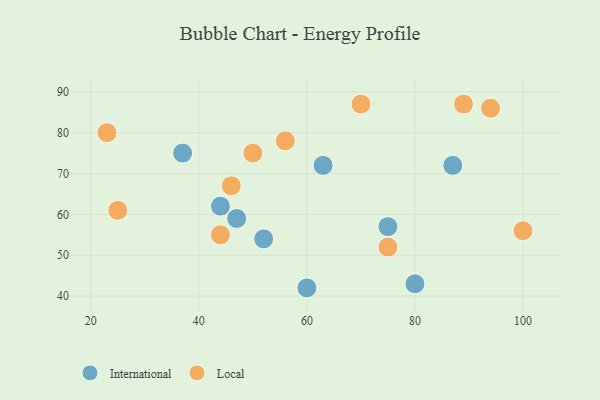
{"axis": {"x": "GDP", "y": "Life Expectancy"}, "legend": ["International", "Local"], "data": [{"x": "80", "y": 43, "type": "International"}, {"x": "37", "y": 75, "type": "International"}, {"x": "87", "y": 72, "type": "International"}, {"x": "52", "y": 54, "type": "International"}, {"x": "47", "y": 59, "type": "International"}, {"x": "75", "y": 57, "type": "International"}, {"x": "63", "y": 72, "type": "International"}, {"x": "60", "y": 42, "type": "International"}, {"x": "44", "y": 62, "type": "International"}, {"x": "75", "y": 52, "type": "Local"}, {"x": "50", "y": 75, "type": "Local"}, {"x": "23", "y": 80, "type": "Local"}, {"x": "44", "y": 55, "type": "Local"}, {"x": "70", "y": 87, "type": "Local"}, {"x": "89", "y": 87, "type": "Local"}, {"x": "94", "y": 86, "type": "Local"}, {"x": "100", "y": 56, "type": "Local"}, {"x": "56", "y": 78, "type": "Local"}, {"x": "25", "y": 61, "type": "Local"}, {"x": "46", "y": 67, "type": "Local"}]}